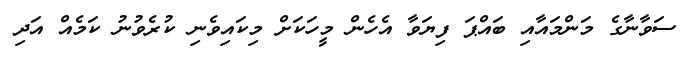
ސަވާނާގެ މަންމައާއި ބައްޕަ ފިޔަވާ އެހެން މީހަކަށް މިކައިވެނި ކުރެވުނު ކަމެއް އަދި